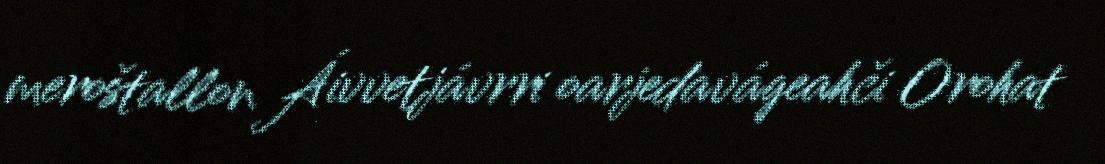
meroštallon Áivvetjávrri oarjedavágeahči Orohat